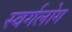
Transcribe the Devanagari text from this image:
स्वर्गलोग